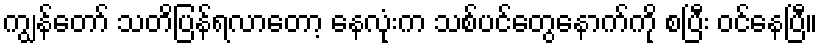
ကျွန်တော် သတိပြန်ရလာတော့ နေလုံးက သစ်ပင်တွေနောက်ကို စပြီး ဝင်နေပြီ။